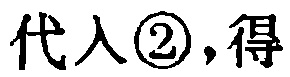
代入\textcircled{2},得